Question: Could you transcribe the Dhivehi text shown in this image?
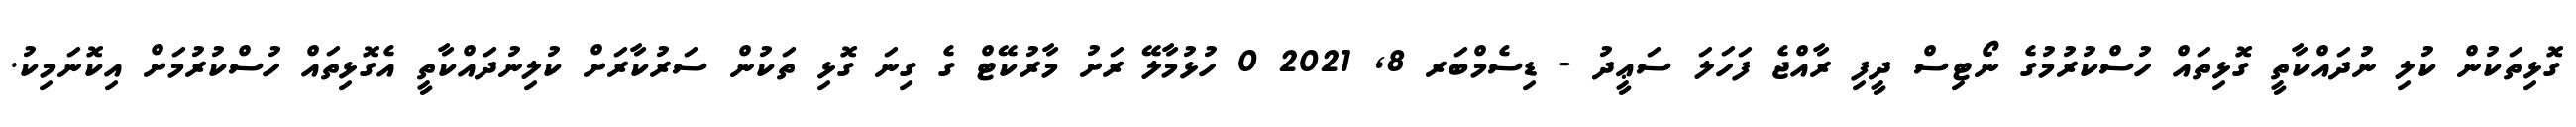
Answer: ގޮޅިތަކުން ކުލި ނުދައްކާތީ ގޮޅިތައް ހުސްކުރުމުގެ ނޯޓިސް ދީފި ރާއްޖެ ފަހަލަ ސަޢީދު - ޑިސެމްބަރ 8, 2021 0 ހުޅުމާލޭ ރަށު މާރުކޭޓް ގެ ގިނަ ގޮޅި ތަކުން ސަރުކާރަށް ކުލިނުދައްކާތީ އެގޮޅިތައް ހުސްކުރުމަށް އިކޮނަމިކު.